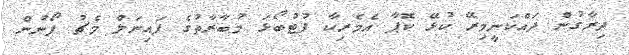
ދިރާގުން ދައްކަނީމިރޭ ކުޅޭ ކޮޕާ އެމެރިކާ ފުޓުބޯޅަ މުބާރާތުގެ ފައިނަލް މެޗު ފޯނުން